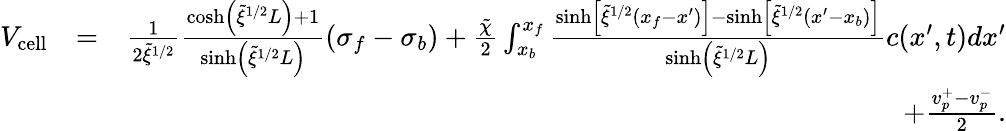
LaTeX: \begin{array}{rlr}{V_{\mathrm{cell}}}&{=}&{\frac{1}{2\tilde{\xi}^{1/2}}\frac{\cosh\left(\tilde{\xi}^{1/2}L\right)+1}{\sinh\left(\tilde{\xi}^{1/2}L\right)}(\sigma_{f}-\sigma_{b})+\frac{\tilde{\chi}}{2}\int_{x_{b}}^{x_{f}}\frac{\sinh\left[\tilde{\xi}^{1/2}(x_{f}-x^{\prime})\right]-\sinh\left[\tilde{\xi}^{1/2}(x^{\prime}-x_{b})\right]}{\sinh\left(\tilde{\xi}^{1/2}L\right)}c(x^{\prime},t)dx^{\prime}}\\ &{}&{+\frac{v_{p}^{+}-v_{p}^{-}}{2}.}\end{array}